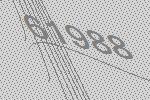
61988